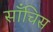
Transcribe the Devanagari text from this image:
साँचिस